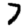
Digit: 7